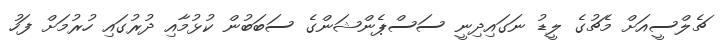
ޗެލްސީއަށް މެޗުގެ ލީޑު ނަގައިދިނީ ސަސްޕެންޝަންގެ ސަބަބުން ކުޅުމާއި ދުރުގައި ހުރުމަށް ފަހު